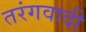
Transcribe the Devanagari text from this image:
तरंगवादी